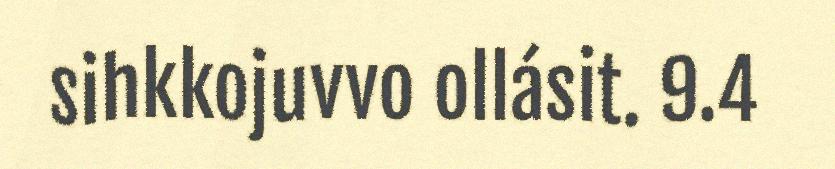
sihkkojuvvo ollásit. 9.4